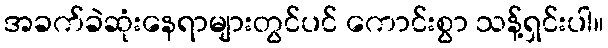
အခက်ခဲဆုံးနေရာများတွင်ပင် ကောင်းစွာ သန့်ရှင်းပါ။